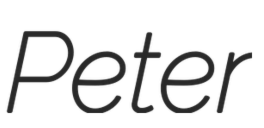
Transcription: Peter